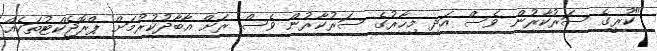
"ކުރީގެ ސަރުކާރުން ވެސް އަދި މިހާރުގެ ސަރުކާރުން ވެސް ރަށް އާބާދުކުރުމަށް ޕްރޮޖެކްޓުތަކެއް